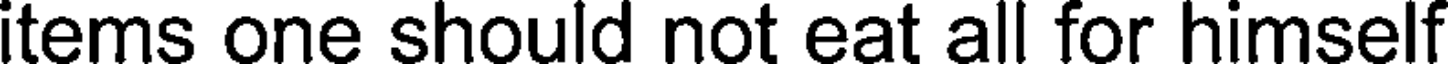
items one should not eat all for himself